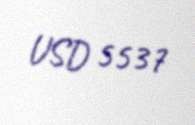
USD 5537